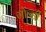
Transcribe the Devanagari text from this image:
गोन्डी